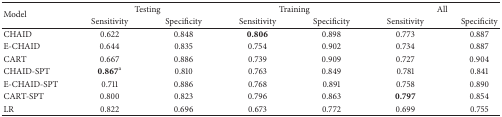
<table><thead><tr><td rowspan="2"><b>Model</b></td><td colspan="2"><b>Testing</b></td><td colspan="2"><b>Training</b></td><td colspan="2"><b>All</b></td></tr><tr><td><b>Sensitivity</b></td><td><b>Specificity</b></td><td><b>Sensitivity</b></td><td><b>Specificity</b></td><td><b>Sensitivity</b></td><td><b>Specificity</b></td></tr></thead><tbody><tr><td>CHAID</td><td>0.622</td><td>0.848</td><td><b>0.806</b></td><td>0.898</td><td>0.773</td><td>0.887</td></tr><tr><td>E-CHAID</td><td>0.644</td><td>0.835</td><td>0.754</td><td>0.902</td><td>0.734</td><td>0.887</td></tr><tr><td>CART</td><td>0.667</td><td>0.886</td><td>0.739</td><td>0.909</td><td>0.727</td><td>0.904</td></tr><tr><td>CHAID-SPT</td><td><b>0.867</b><sup>a</sup></td><td>0.810</td><td>0.763</td><td>0.849</td><td>0.781</td><td>0.841</td></tr><tr><td>E-CHAID-SPT</td><td>0.711</td><td>0.886</td><td>0.768</td><td>0.891</td><td>0.758</td><td>0.890</td></tr><tr><td>CART-SPT</td><td>0.800</td><td>0.823</td><td>0.796</td><td>0.863</td><td><b>0.797</b></td><td>0.854</td></tr><tr><td>LR</td><td>0.822</td><td>0.696</td><td>0.673</td><td>0.772</td><td>0.699</td><td>0.755</td></tr></tbody></table>